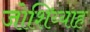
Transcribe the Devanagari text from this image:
जोशिय्याह